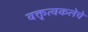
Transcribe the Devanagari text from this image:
वक्तृत्वकलेचे